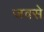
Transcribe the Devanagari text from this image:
जवसे